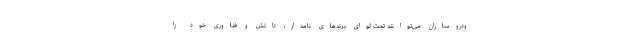
ودروسازان می‌توانند تحت لوای برندهای نامدار، دانش و فناوری خود را